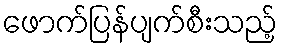
ဖောက်ပြန်ပျက်စီးသည့်